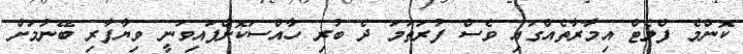
ކޮންމެ ފްލެޓް އިމާރާތެއްގައި ވެސް ފުރަތަމަ ދެ ބުރި ހާއްސަކޮށްފައިވަނީ ވިޔާފާރި ބޭނުމަށް